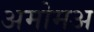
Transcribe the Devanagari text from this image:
अमोमअ